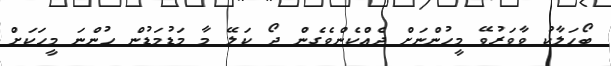
ބޯހަލާކު ވާވަރުވޭ މީހުންނަށް ދެއްކެންވެގެން ދޯ ކަލޭ މާ މަޑުމަޑުން ހުންނަ މީހަކަށް